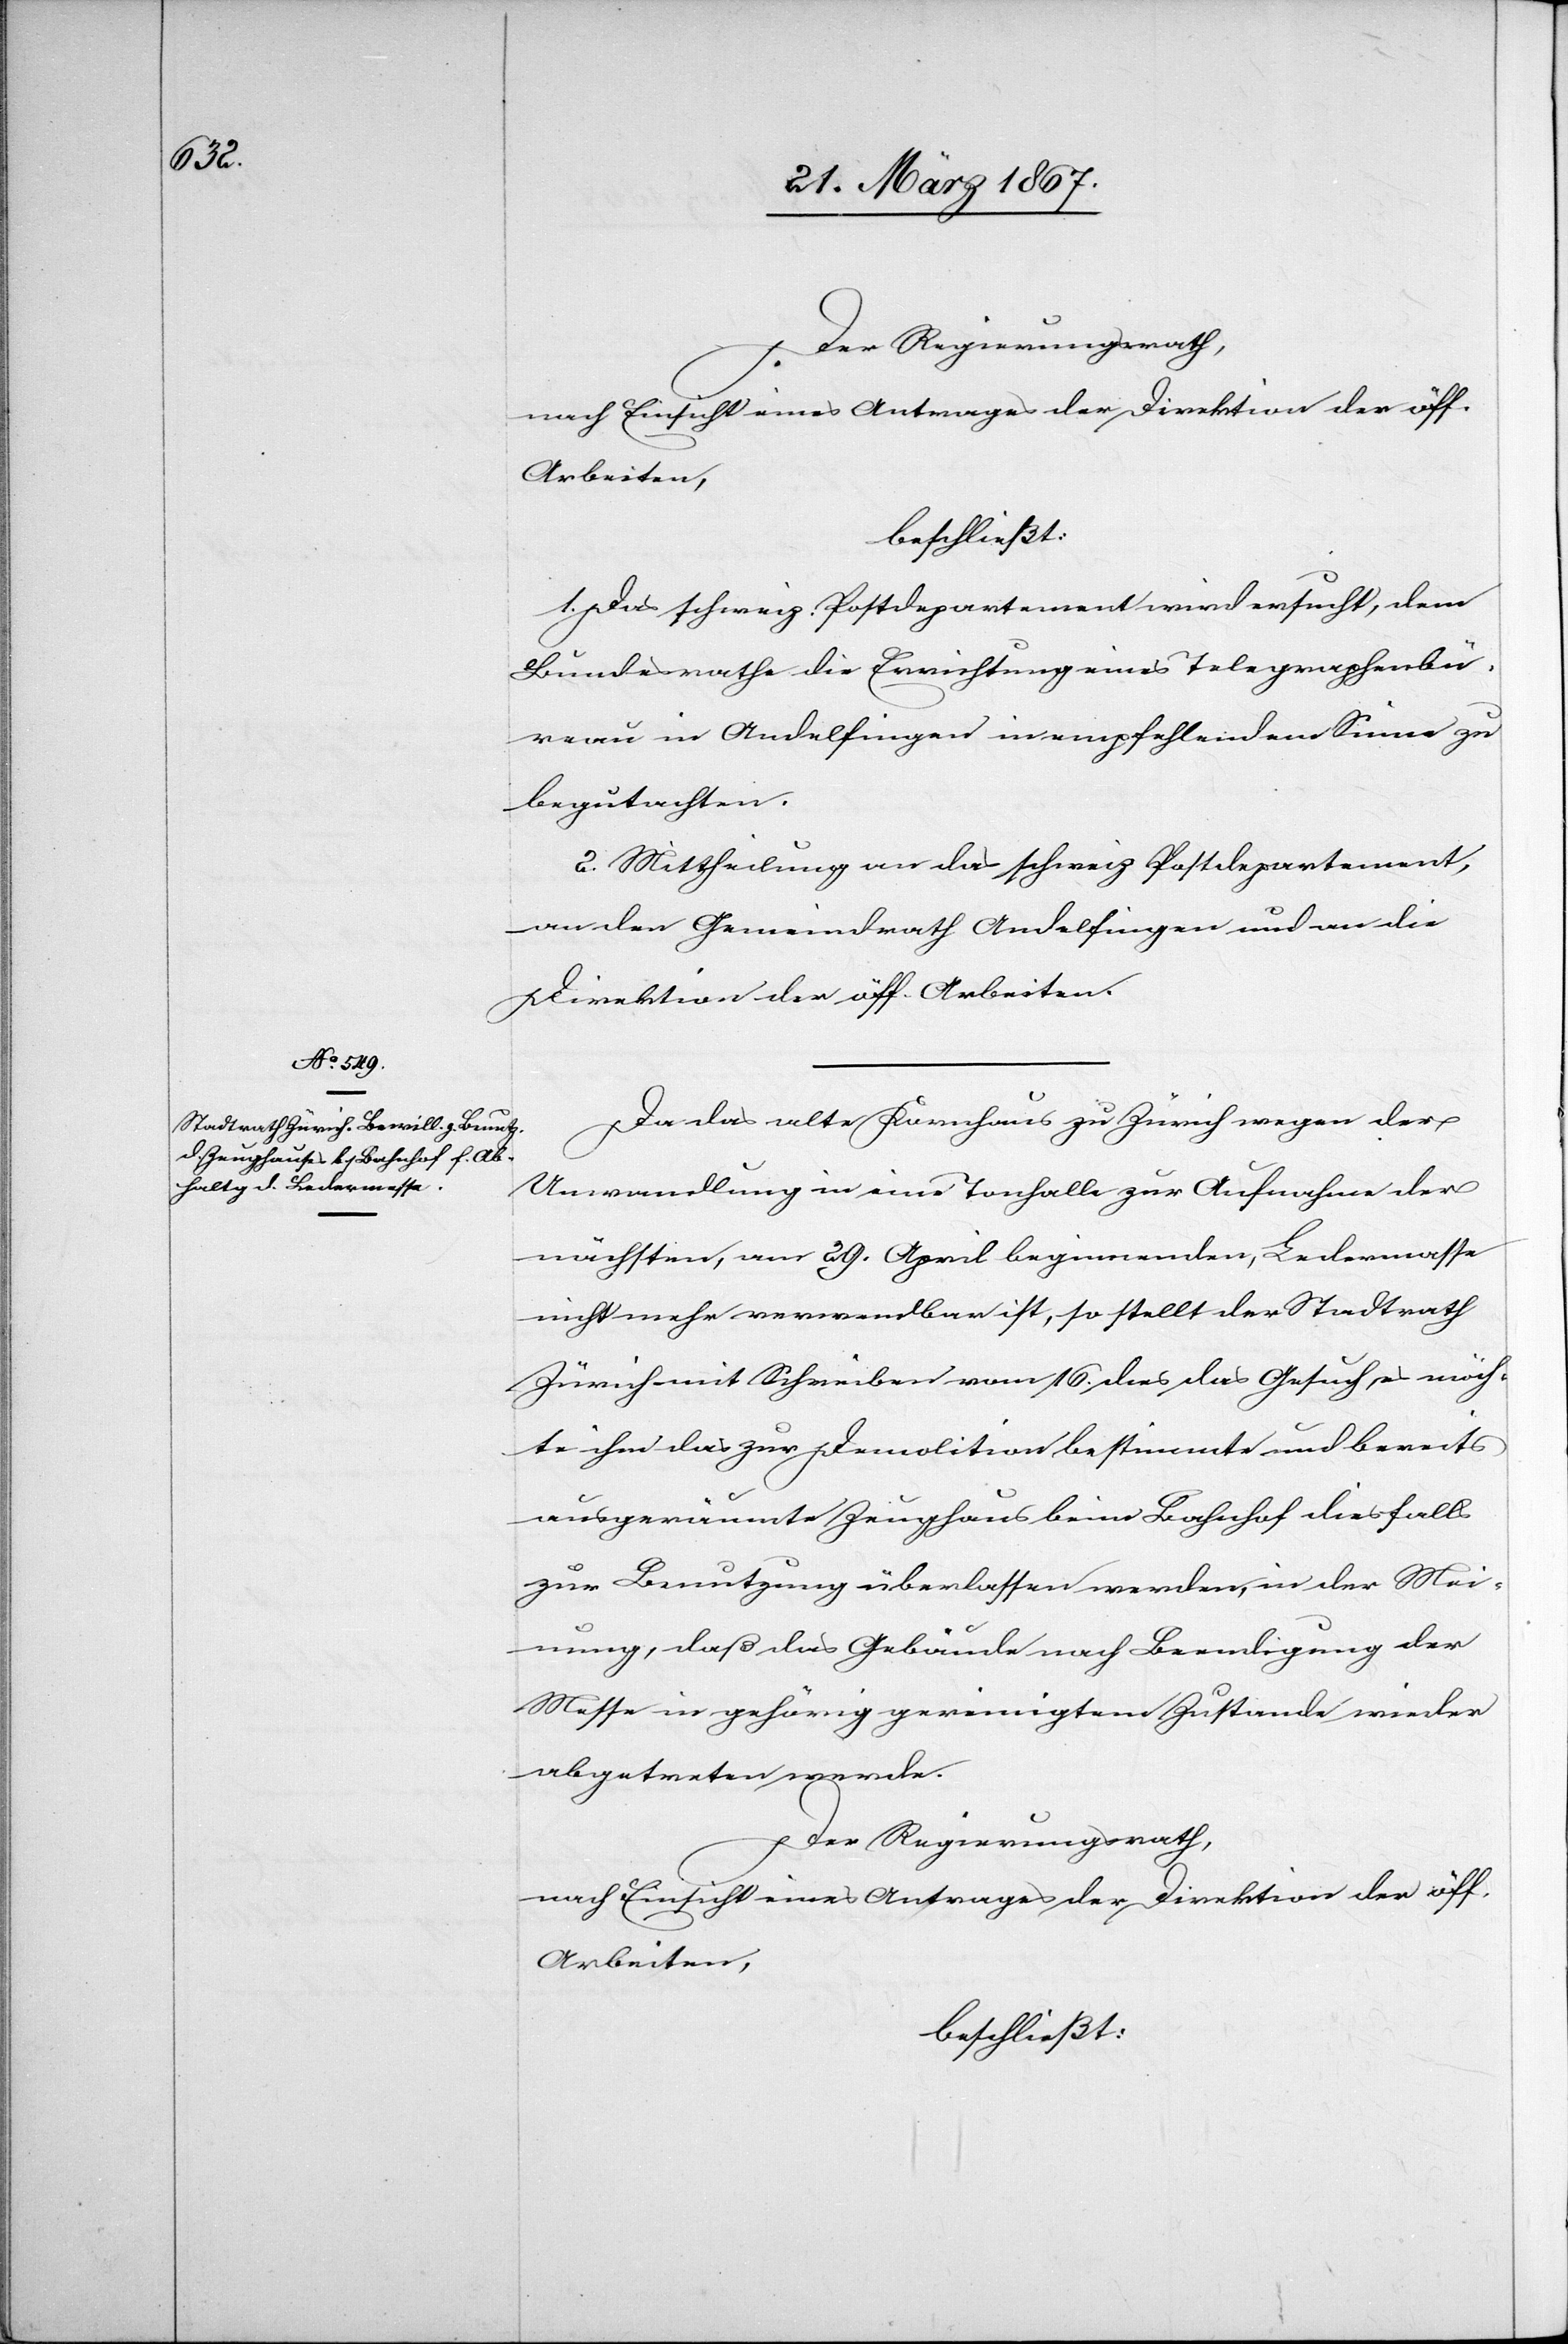
Der Regierungsrath,
nach Einsicht eines Antrages der Direktion der öff.
Arbeiten,
beschließt:
1. Das schweiz. Postdepartement wird ersucht, dem
Bundesrathe die Errichtung eines Telegraphenbü¬
reau in Andelfingen in empfehlendem Sinne zu
begutachten.
2. Mittheilung an das schweiz. Postdepartement,
an den Gemeindrath Andelfingen und an die
Direktion der öff. Arbeiten.
Da das alte Kornhaus zu Zürich wegen der
Umwandlung in eine Tonhalle zur Aufnahme der
nächsten, am 29. April beginnenden, Ledermesse
nicht mehr verwendbar ist, so stellt der Stadtrath
Zürich mit Schreiben vom 16. dies das Gesuch es möch¬
te ihm das zur Demolition bestimmte und bereits
ausgeräumte Zeughaus beim Bahnhof diesfalls
zur Benutzung überlassen werden, in der Mei¬
nung, daß das Gebäude nach Beendigung der
Messe in gehörig gereinigtem Zustande wieder
abgetreten werde.
Der Regierungsrath,
nach Einsicht eines Antrages der Direktion der öff.
Arbeiten,
beschließt: